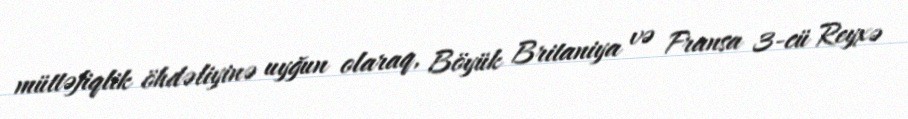
müttəfiqlik öhdəliyinə uyğun olaraq, Böyük Britaniya və Fransa 3-cü Reyxə